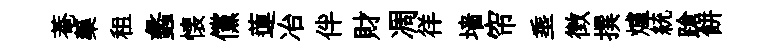
菴藥租蠡懐儻蓮冶伴財凋徉墙帘埀徴撰爐統蹌餅